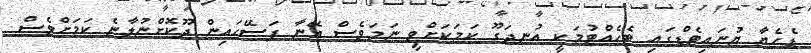
ޑެހެޔާ ޔުނައިޓެޑްގައި ބެހެއްޓުމަކީ އުނދަގޫ ކަމަކަށްވީ ނަމަވެސް އޭނާ ފަސޭހައިން ދޫކޮށްނުލާނެ ކަމަށްވެސް